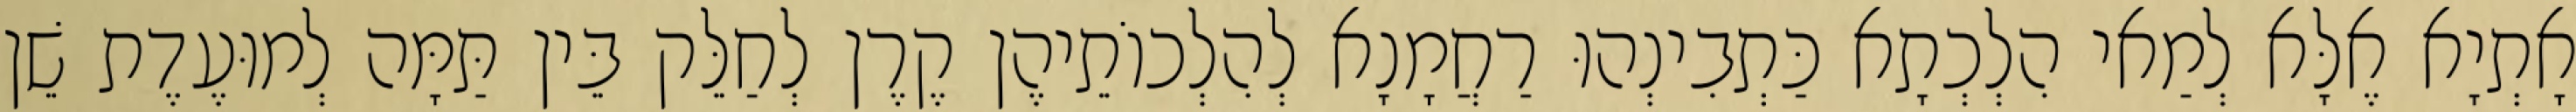
אָתְיָא אֶלָּא לְמַאי הִלְכְתָא כַּתְבִינְהוּ רַחֲמָנָא לְהִלְכוֹתֵיהֶן קֶרֶן לְחַלֵּק בֵּין תַּמָּה לְמוּעֶדֶת שֵׁן